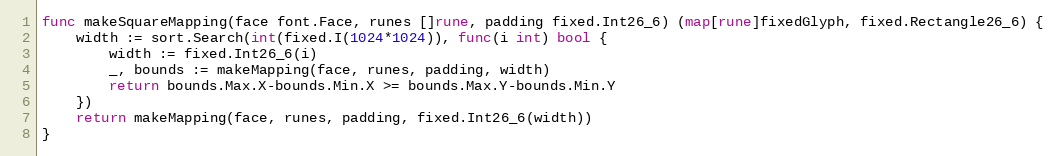
Language: Go
func makeSquareMapping(face font.Face, runes []rune, padding fixed.Int26_6) (map[rune]fixedGlyph, fixed.Rectangle26_6) {
	width := sort.Search(int(fixed.I(1024*1024)), func(i int) bool {
		width := fixed.Int26_6(i)
		_, bounds := makeMapping(face, runes, padding, width)
		return bounds.Max.X-bounds.Min.X >= bounds.Max.Y-bounds.Min.Y
	})
	return makeMapping(face, runes, padding, fixed.Int26_6(width))
}